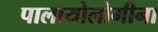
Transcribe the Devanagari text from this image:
पालायोलोगीना